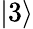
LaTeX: \lvert 3\rangle